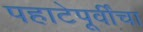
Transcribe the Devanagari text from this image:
पहाटेपूर्वींचा